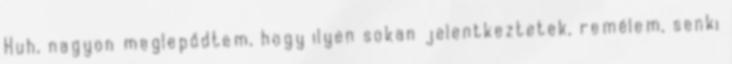
Huh, nagyon meglepődtem, hogy ilyen sokan jelentkeztetek, remélem, senki